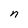
Character: n